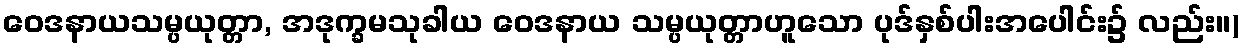
ဝေဒနာယသမ္ပယုတ္တာ, အဒုက္ခမသုခါယ ဝေဒနာယ သမ္ပယုတ္တာဟူသော ပုဒ်နှစ်ပါးအပေါင်း၌ လည်း။)